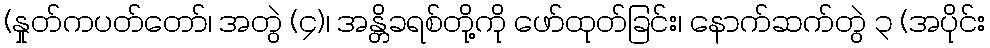
(နှုတ်ကပတ်တော်၊ အတွဲ (၄)၊ အန္တိခရစ်တို့ကို ဖော်ထုတ်ခြင်း၊ နောက်ဆက်တွဲ ၃ (အပိုင်း